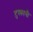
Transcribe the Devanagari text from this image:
टुस्कानी